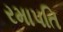
રમાપતિ